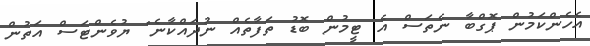
އެހެންކަމުން ޕޮގްބާ ނެތަސް އެ ޓީމުން ބޮޑު ތަފާތެއް ނުދައްކާނެ" ޔުވެންޓަސް އަތުން